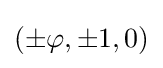
(\pm \varphi ,\pm 1,0)